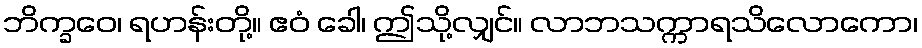
ဘိက္ခဝေ၊ ရဟန်းတို့။ ဧဝံ ခေါ၊ ဤသို့လျှင်။ လာဘသက္ကာရသိလောကော၊